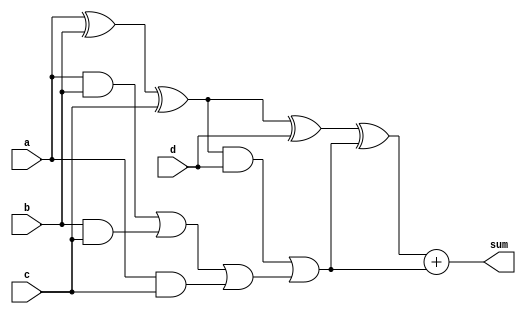
module carry_save_adder #(parameter WIDTH = 8, parameter STAGES = 2) (
    input  wire [WIDTH-1:0] a,       // First input number
    input  wire [WIDTH-1:0] b,       // Second input number
    input  wire [WIDTH-1:0] c,       // Third input number
    input  wire [WIDTH-1:0] d,       // Fourth input number
    output reg  [WIDTH:0] sum        // Output sum (WIDTH + 1 for carry)
);

// Intermediate signals for partial sums and carries
wire [WIDTH-1:0] S [0:STAGES]; // Partial sums
wire [WIDTH-1:0] C [0:STAGES]; // Partial carries

// Stage 0 (Initial Stage)
assign S[0] = a ^ b ^ c;      // Initial partial sum
assign C[0] = (a & b) | (b & c) | (a & c); // Initial carry

// Generate multi-level structure
genvar i;
generate
    for (i = 0; i < STAGES; i = i + 1) begin : CSA_STAGE
        if (i == 0) begin
            // Stage 1 (when i == 0)
            assign S[i + 1] = S[i] ^ d; // Add fourth input
            assign C[i + 1] = (S[i] & d) | C[i]; // Carry generation
        end else begin
            // Further stages (for additional logic)
            assign S[i + 1] = S[i] ^ C[i]; // Combining previous partial sums and carries
            assign C[i + 1] = (S[i] & C[i]) | C[i-1]; // Carry generation
        end
    end
endgenerate

// Final carry propagation with Ripple Carry Adder
always @* begin
    sum = S[STAGES] + C[STAGES-1]; // Final sum calculation
end

endmodule